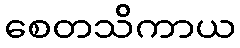
စေတသိကာယ